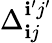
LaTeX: \Delta_{\mathbf{i}j}^{\mathbf{i}^{\prime}j^{\prime}}